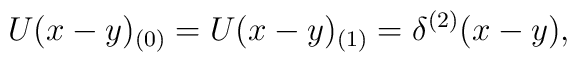
U(x-y)_{(0)}=U(x-y)_{(1)}=\delta^{(2)}(x-y),